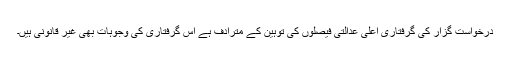
درخواست گزار کی گرفتاری اعلیٰ عدالتی فیصلوں کی توہین کے مترادف ہے اس گرفتاری کی وجوہات بھی غیر قانونی ہیں۔